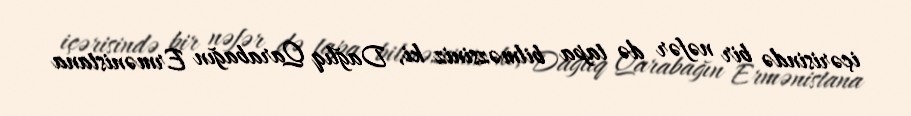
içərisində bir nəfər də tapa bilməzsiniz ki, Dağlıq Qarabağın Ermənistana